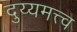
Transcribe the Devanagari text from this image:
दुय्यमत्त्व